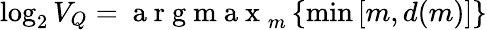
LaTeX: \displaystyle\log_{2}V_{Q}=\mathrm{~a~r~g~m~a~x~}_{m}\left\{ \operatorname*{min}\left[m,d(m)\right]\right\}